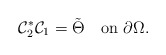
\begin{align*}\mathcal C_2^*\mathcal C_1=\tilde\Theta \quad\mbox{on}\,\,\partial\Omega.\end{align*}